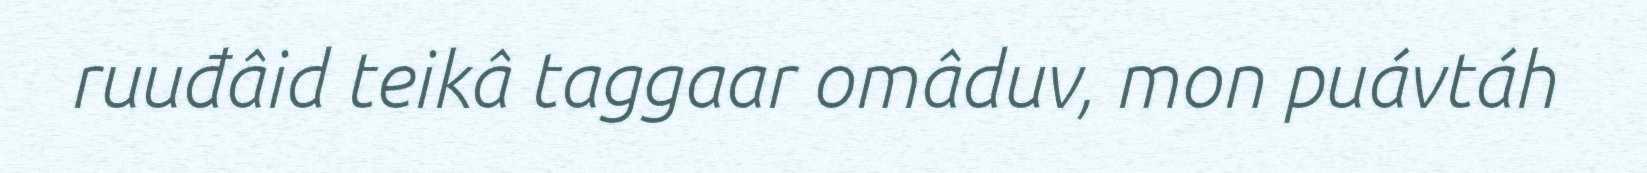
ruuđâid teikâ taggaar omâduv, mon puávtáh